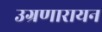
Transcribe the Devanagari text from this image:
उग्रणारायन